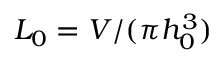
L _ { 0 } = V / ( \pi h _ { 0 } ^ { 3 } )